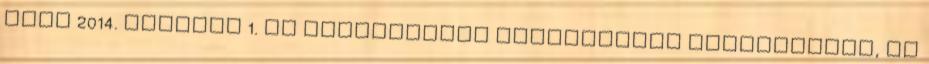
évre 2014. április 1. Az Igazgatóság működésének ismertetése, az